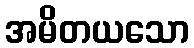
အမိတယသော